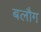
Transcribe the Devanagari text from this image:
बलौग